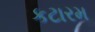
કટારમ